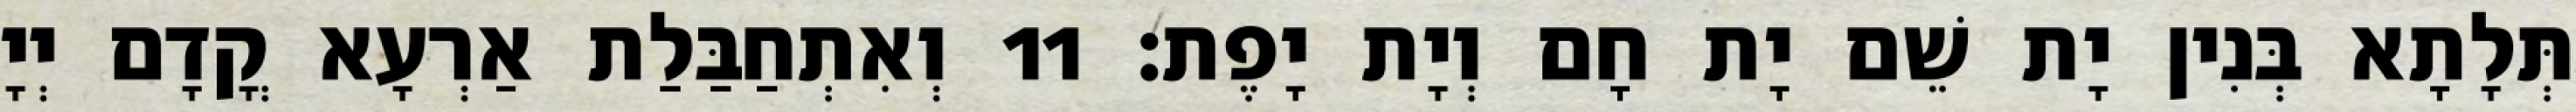
תְּלָתָא בְּנִין יָת שֵׁם יָת חָם וְיָת יָפֶת׃ 11 וְאִתְחַבַּלַת אַרְעָא קֳדָם יְיָ